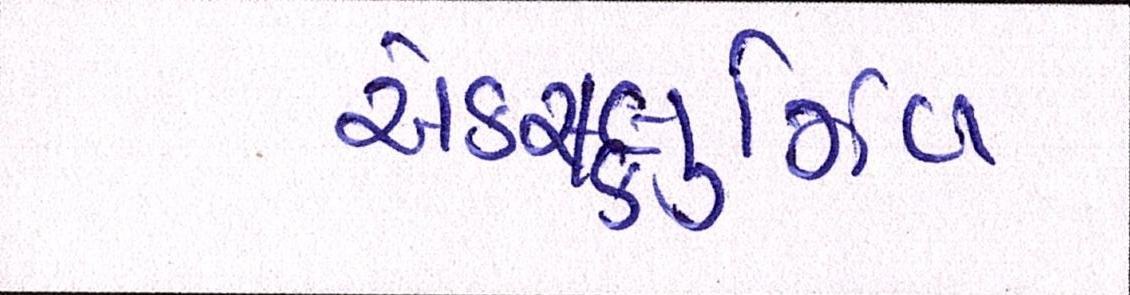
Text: એક્સ્લુઝિવ